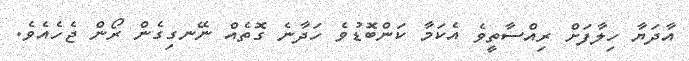
އާދަޔާ ހިލާފަށް ރިއްސާތީވެ އެކަމާ ކަންބޮޑުވެ ހަދާނެ ގޮތެއް ނޭނގިގެން ރޯން ޖެހެއެވެ.